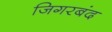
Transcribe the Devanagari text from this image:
जिगरबंद